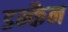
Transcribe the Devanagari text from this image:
डन्कैन